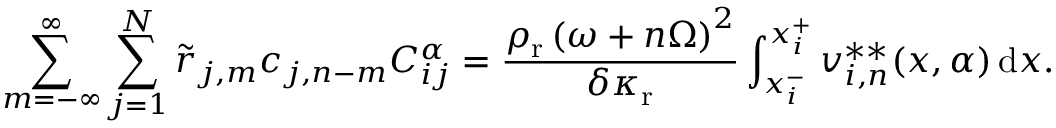
\sum _ { m = - \infty } ^ { \infty } \sum _ { j = 1 } ^ { N } \Tilde { r } _ { j , m } c _ { j , n - m } C _ { i j } ^ { \alpha } = \frac { \rho _ { \mathrm { r } } \left( \omega + n \Omega \right) ^ { 2 } } { \delta \kappa _ { \mathrm { r } } } \int _ { x _ { i } ^ { - } } ^ { x _ { i } ^ { + } } v _ { i , n } ^ { * * } ( x , \alpha ) \, \mathrm { d } x .